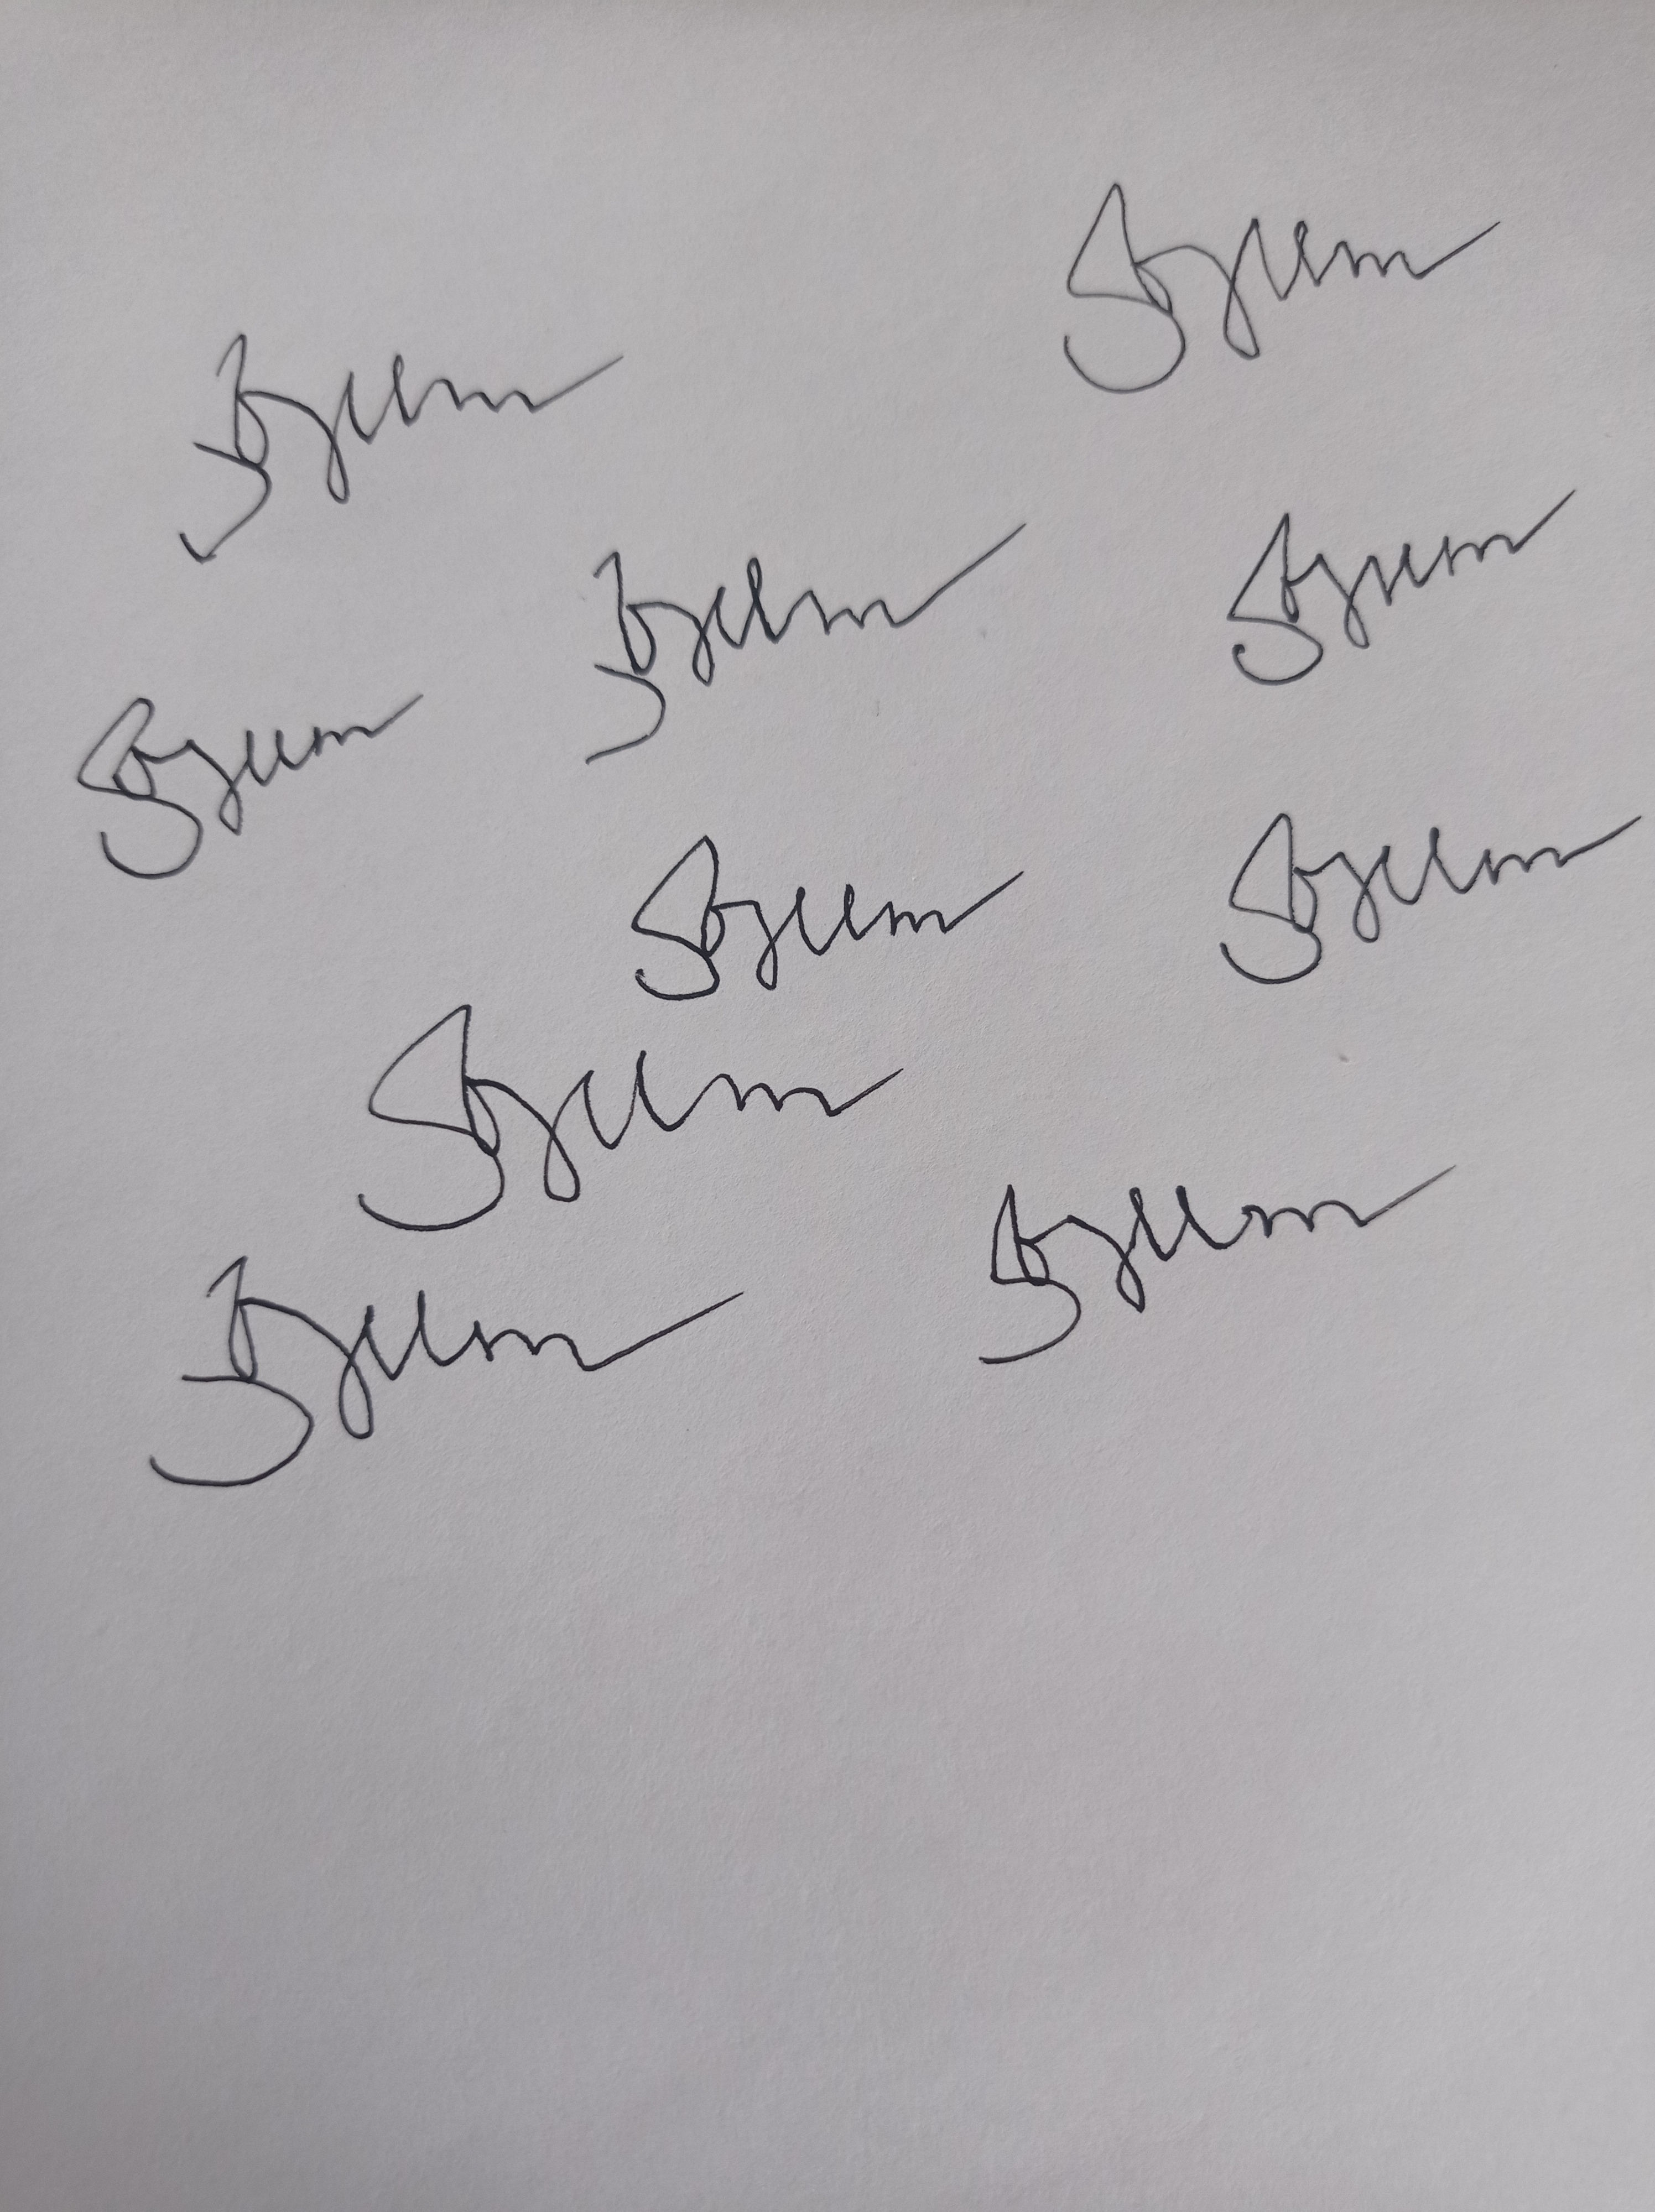
Signature authenticity: forged